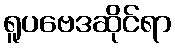
ရူပဗေဒဆိုင်ရာ